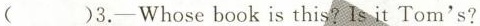
()3.-Whose book is this?Is it Tom's?